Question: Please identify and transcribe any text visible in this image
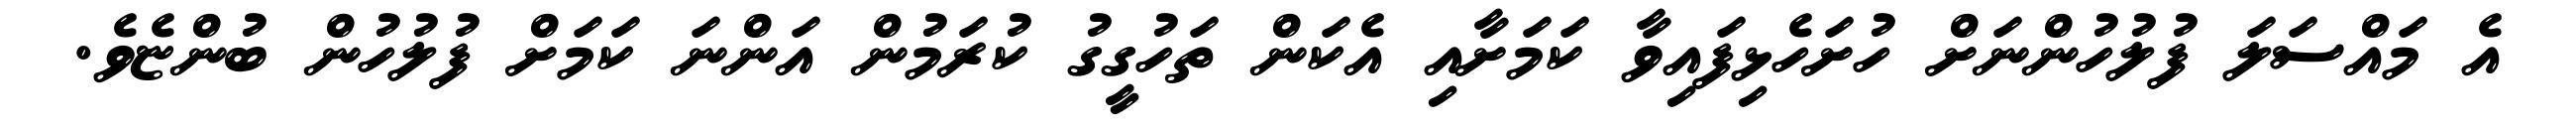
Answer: އެ މައްސަލަ ފުލުހުންނަށް ހުށަހެޅިފައިވާ ކަމަށާއި އެކަން ތަހުގީގު ކުރަމުން އަންނަ ކަމަށް ފުލުހުން ބުންޏެވެ.